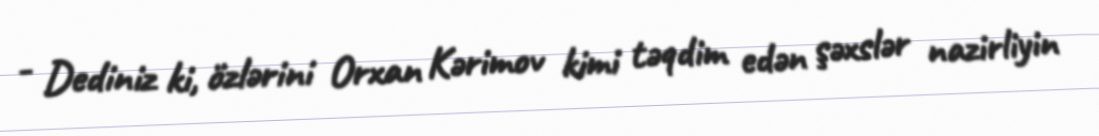
- Dediniz ki, özlərini Orxan Kərimov kimi təqdim edən şəxslər nazirliyin